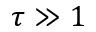
\tau \gg 1